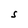
Character: S